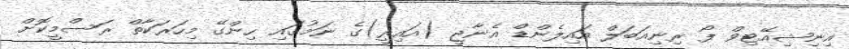
އިނިޝިއޭޓިވް ފޯ ރިނިއަބަލް އައިލެންޑް އެނާޖީ (އައިރީ)ގެ ނަމުގައި ހިންގޭ މިހަރަކާތް ރަސްމީކޮށް